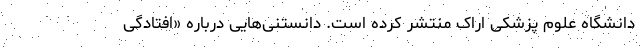
دانشگاه علوم پزشکی اراک منتشر کرده است. دانستنی‌هایی درباره «افتادگی